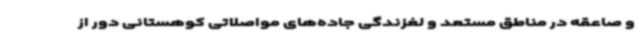
و صاعقه در مناطق مستعد و لغزندگی جاده‌های مواصلاتی کوهستانی دور از